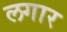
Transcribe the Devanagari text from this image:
लगार